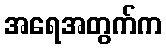
အရေအတွက်က